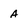
Character: a